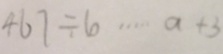
4 6 7 \div 6 \cdots a + 3